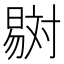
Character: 𣋇